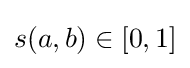
s(a,b)\in [0,1]